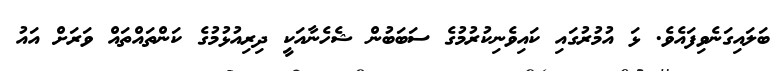
ބަލައިގަނެވިފައެވެ. ޅަ އުމުރުގައި ކައިވެނިކުރުމުގެ ސަބަބުން ޝެހެނާއަކީ ދިރިއުޅުމުގެ ކަންތައްތައް ވަރަށް އައު